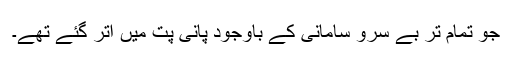
جو تمام تر بے سرو سامانی کے باوجود پانی پت میں اتر گئے تھے۔